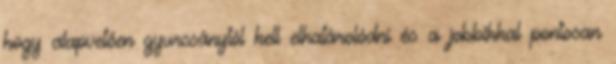
hogy alapvetően gyurcsánytól kell elhatárolódni és a jobbikkal pontosan